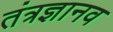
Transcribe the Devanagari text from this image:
तंत्रज्ञानव